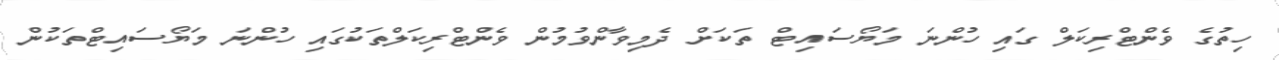
ހިތުގެ ވެންޓްރިކަލް ގައި ހުންނަ މަޔޯސައިޓް ތަކަށް ދެމިވާންވުމުން ވެންޓްރިކަލްތަކުގައި ހުންނަ މަޔޯސައިޓްތަކުން